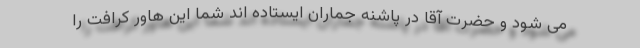
می شود و حضرت آقا در پاشنه جماران ایستاده اند شما این هاور کرافت را